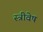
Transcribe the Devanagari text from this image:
स्त्रीवेष